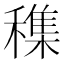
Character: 穕